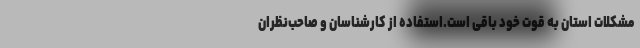
مشکلات استان به قوت خود باقی است.استفاده از کارشناسان و صاحب‌نظران